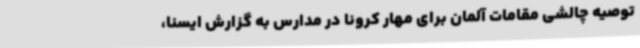
توصیه چالشی مقامات آلمان برای مهار کرونا در مدارس به گزارش ایسنا،